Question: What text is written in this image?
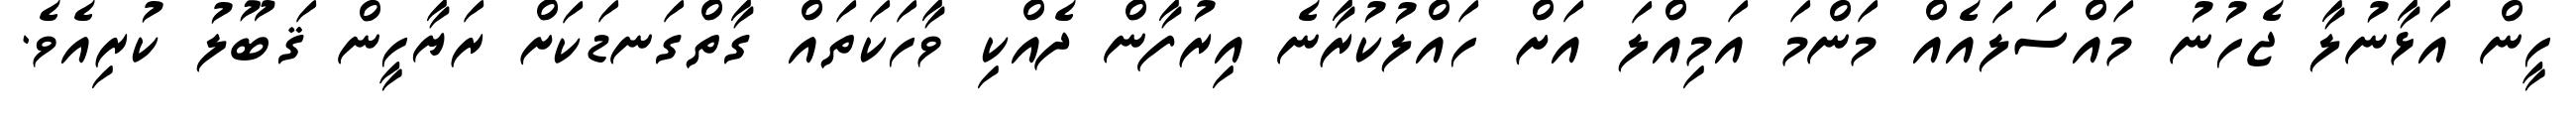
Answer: ހީން އަޅާނުލާ ޖެހުނު މައްސަލައެއް މަންމަ އަމިއްލަ އަށް ހައްލުކުރާނެ އިރުފާން ދެއްކި ވާހަކަތައް ގާތްގަނޑަކަށް ރަޔާހީން ޤަބޫލު ކުރިއެވެ.